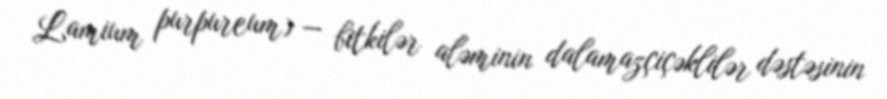
Lamium purpureum) — bitkilər aləminin dalamazçiçəklilər dəstəsinin